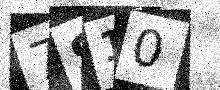
Text: 7S10